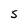
Character: S